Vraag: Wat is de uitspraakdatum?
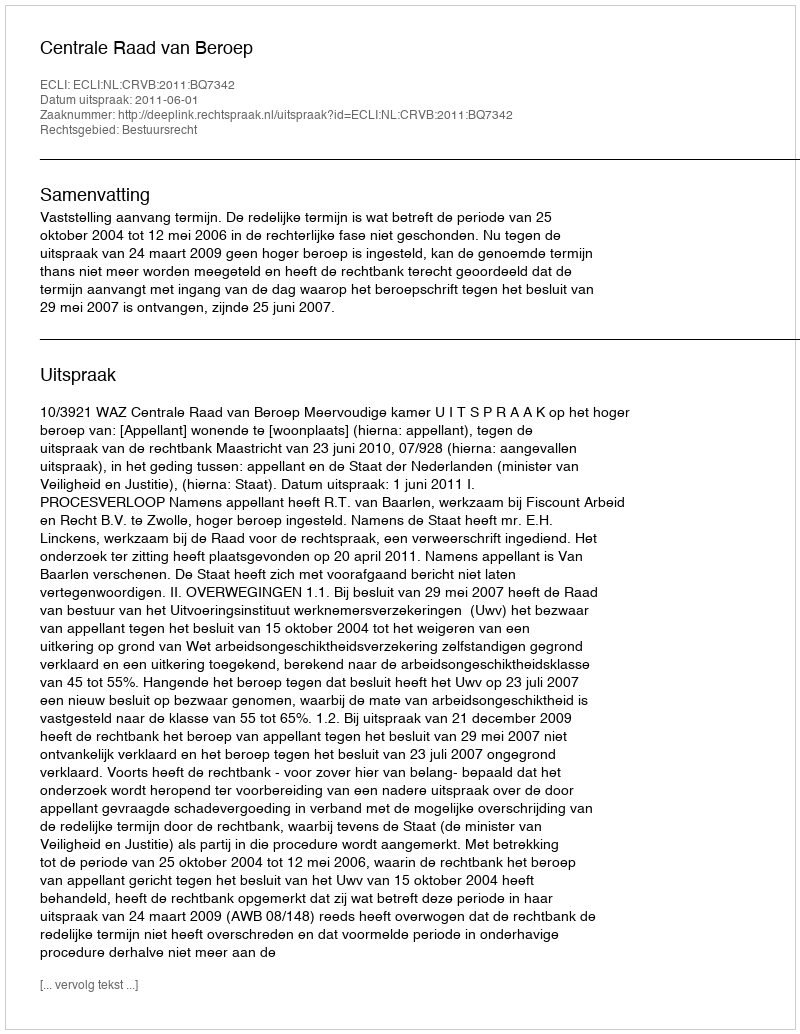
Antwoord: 2011-06-01